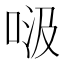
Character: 𱒹